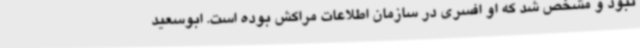
نبود و مشخص شد که او افسری در سازمان اطلاعات مراکش بوده است. ابوسعید